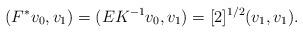
LaTeX: \begin{align*}(F^* v_0, v_1) = (E K^{-1} v_0, v_1) = [2]^{1/2} (v_1, v_1).\end{align*}